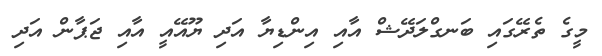
މީގެ ތެރޭގައި ބަނގްލަދޭޝް އާއި އިންޑިޔާ އަދި ޔޫއޭއީ އާއި ޖަޕާން އަދި